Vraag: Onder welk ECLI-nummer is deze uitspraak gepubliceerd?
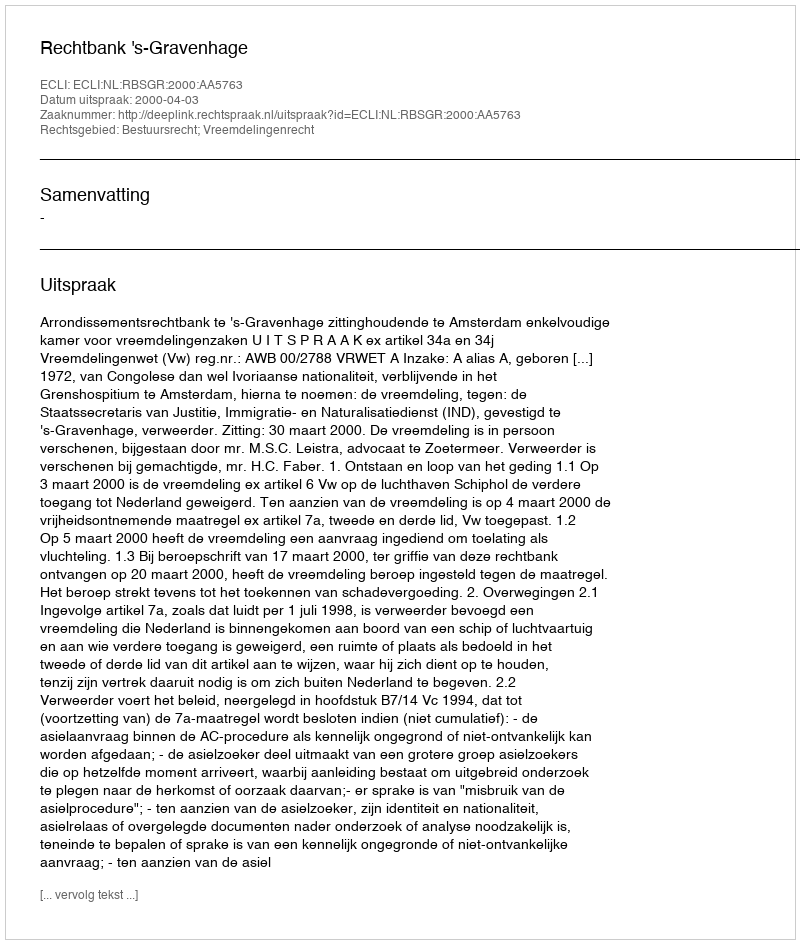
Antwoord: ECLI:NL:RBSGR:2000:AA5763